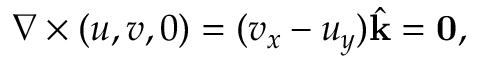
\nabla \times ( u , v , 0 ) = ( v _ { x } - u _ { y } ) { \hat { \mathbf { k } } } = \mathbf { 0 } ,